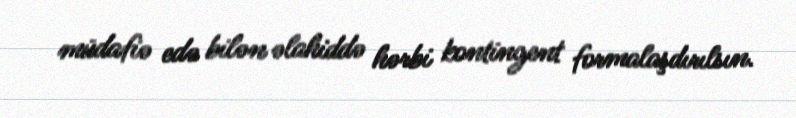
müdafiə edə bilən əlahiddə hərbi kontingent formalaşdırılsın.